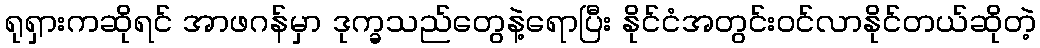
ရုရှားကဆိုရင် အာဖဂန်မှာ ဒုက္ခသည်တွေနဲ့ရောပြီး နိုင်ငံအတွင်းဝင်လာနိုင်တယ်ဆိုတဲ့